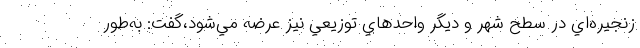
زنجيره‌اي در سطح شهر و ديگر واحدهاي توزيعي نيز عرضه مي‌شود،گفت: به‌طور